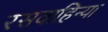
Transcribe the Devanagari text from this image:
रसवाहिन्या